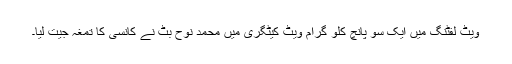
ویٹ لفٹنگ میں ایک سو پانچ کلو گرام ویٹ کیٹگری میں محمد نوح بٹ نے کانسی کا تمغہ جیت لیا۔